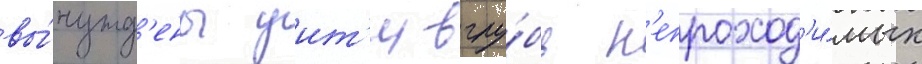
вы́нужд'ены уит'и вглу́бь н'епроход'и́мых